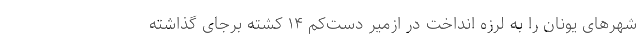
شهر‌های یونان را به لرزه انداخت در ازمیر دست‌کم ۱۴ کشته برجای گذاشته